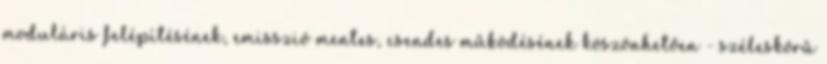
moduláris felépítésének, emisszió mentes, csendes működésének köszönhetően - széleskörű